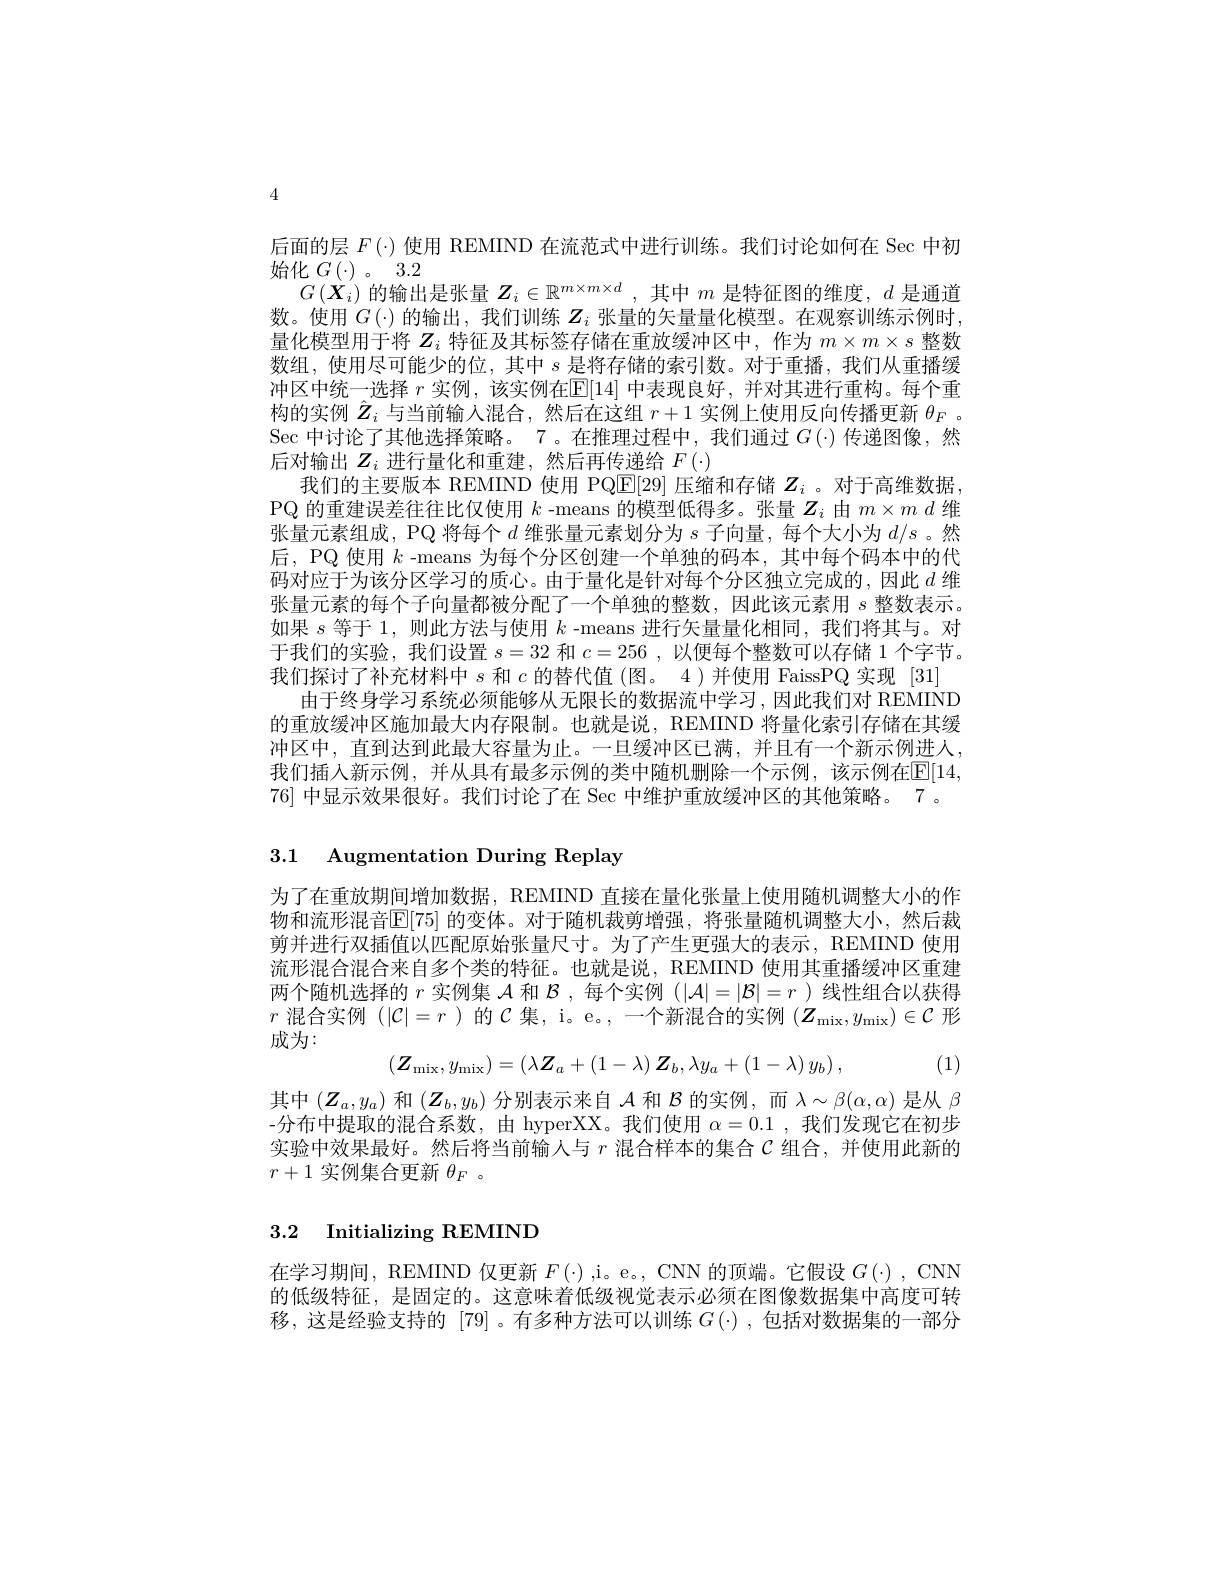
4

后面的层$F(\cdot)$使用 REMIND 在流范式中进行训练。我们讨论如何在 Sec 中初
始化$G\left ( \cdot \right ) $。3.2
$G\left(\hat{\boldsymbol{X}}_i\right)$的输出是张量$Z_i\in\mathbb{R}^m\times m\times d$,其中$m$是特征图的维度，$d$是通道数。使用$G(\cdot)$的输出，我们训练$Z_i$张量的矢量量化模型。在观察训练示例时， 量化模型用于将$Z_i$特征及其标签存储在重放缓冲区中，作为$m\times m\times s$整数数组，使用尽可能少的位，其中$s$是将存储的索引数。对于重播，我们从重播缓冲区中统一选择$r$实例，该实例在$\mathbb{E}[14]$中表现良好，并对其进行重构。每个重构的实例$\hat{Z}_i$与当前输入混合，然后在这组$r+1$实例上使用反向传播更新$\theta_F$ 。$\operatorname{Sec}$中讨论了其他选择策略。7 。在推理过程中，我们通过 $G\left(\cdot\right)$传递图像，然后对输出$Z_i$进行量化和重建，然后再传递给$F(\cdot)$
我们的主要版本 REMIND 使用 PQ$\overline{\mathbb{E}}[29]$压缩和存储$Z_i$ 。对于高维数据， PQ 的重建误差往往比仅使用$k$ -means 的模型低得多。张量$Z_i$由$m\times m\textit{d 维 }$ 张量元素组成，PQ 将每个$d$维张量元素划分为$s$子向量，每个大小为$d/s$ 。然后，PQ 使用$k$ -means 为每个分区创建一个单独的码本，其中每个码本中的代码对应于为该分区学习的质心。由于量化是针对每个分区独立完成的，因此$d$维张量元素的每个子向量都被分配了一个单独的整数，因此该元素用$s$整数表示。如果$s$等于 1, 则此方法与使用$k$ -means 进行矢量量化相同，我们将其与。对于我们的实验，我们设置$s=32$和$c=256$,以便每个整数可以存储 1 个字节。我们探讨了补充材料中$s$和$c$的替代值 (图。4)并使用 FaissPQ 实现 [31]
由于终身学习系统必须能够从无限长的数据流中学习，因此我们对 REMIND 的重放缓冲区施加最大内存限制。也就是说，REMIND 将量化索引存储在其缓冲区中，直到达到此最大容量为止。一旦缓冲区已满，并且有一个新示例进入， 我们插入新示例，并从具有最多示例的类中随机删除一个示例，该示例在$\mathbb{E}[14$, 76] 中显示效果很好。我们讨论了在 Sec 中维护重放缓冲区的其他策略。7 。

3.1 Augmentation During Replay

为了在重放期间增加数据，REMIND 直接在量化张量上使用随机调整大小的作物和流形混音$\mathbb{E}[75]$ 的变体。对于随机裁剪增强，将张量随机调整大小，然后裁剪并进行双插值以匹配原始张量尺寸。为了产生更强大的表示，REMIND 使用流形混合混合来自多个类的特征。也就是说，REMIND 使用其重播缓冲区重建两个随机选择的$r$实例集$\mathcal{A}$和$\mathcal{B}$ ,每个实例 ($|\mathcal{A}|=|\mathcal{B}|=r$ )线性组合以获得$r$混合实例$(|\mathcal{C}|=r$ )的$\mathcal{C}$集，i。e。,一个新混合的实例$( Z_\mathrm{mix}, y_\mathrm{mix}) \in \mathcal{C}$形成为：

(1)
$$(\boldsymbol{Z}_{\mathrm{mix}},y_{\mathrm{mix}})=(\lambda\boldsymbol{Z}_{a}+(1-\lambda)\boldsymbol{Z}_{b},\lambda y_{a}+(1-\lambda)\:y_{b})\:,$$
其中$(\boldsymbol{Z}_a,y_a)$和$(\boldsymbol{Z}_b,y_b)$分别表示来自$\mathcal{A}$和$\mathcal{B}$的实例，而$\lambda\sim\beta(\alpha,\alpha)$是从$\beta$ -分布中提取的混合系数，由 hyperXX。我们使用$\alpha=0.1$ ,我们发现它在初步实验中效果最好。然后将当前输人与$r$混合样本的集合$C$组合，并使用此新的$r+1$实例集合更新$\theta_F$ 。

# 3.2 Initializing REMIND

在学习期间，REMIND 仅更新$F(\cdot)$,i。e。, CNN 的顶端。它假设$G(\cdot)$, CNN 的低级特征，是固定的。这意味着低级视觉表示必须在图像数据集中高度可转移，这是经验支持的 [79] 。有多种方法可以训练$G(\cdot)$ ,包括对数据集的一部分